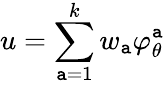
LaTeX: u=\sum_{\mathtt{a}=1}^{k}w_{\mathtt{a}}\varphi_{\theta}^{\mathtt{a}}